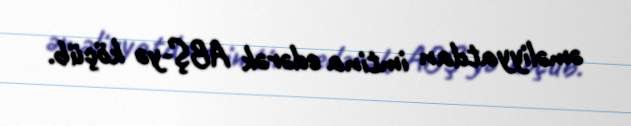
əməliyyatdan imtina edərək ABŞ-yə köçüb.